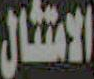
الامتثال